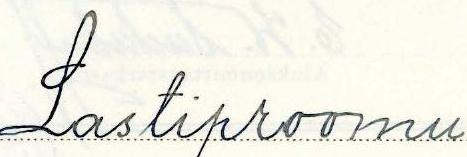
Lastiproomu